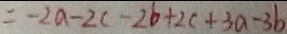
= - 2 a - 2 c - 2 b + 2 c + 3 a - 3 b